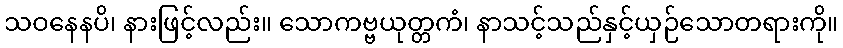
သဝနေနပိ၊ နားဖြင့်လည်း။ သောကဗ္ဗယုတ္တကံ၊ နာသင့်သည်နှင့်ယှဉ်သောတရားကို။